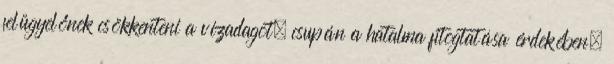
felügyelőnek csökkenteni a vízadagot, csupán a hatalma fitogtatása érdekében.